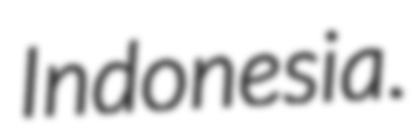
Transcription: Indonesia.